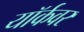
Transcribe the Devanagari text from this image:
यॉर्कवर